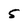
Character: 5